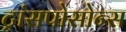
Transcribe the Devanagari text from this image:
ट्रांसपोसोन्स